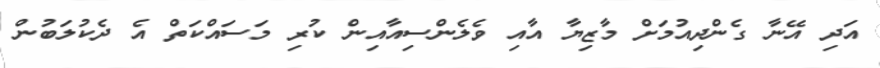
އަދި އޭނާ ގެންދިއުމަށް މާޒިޔާ އާއި ވެލެންސިއާއިން ކުރި މަސައްކަތް އެ ދެކުލަބުން